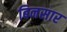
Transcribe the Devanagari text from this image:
बिनसार